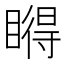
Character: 𥊤